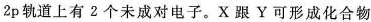
2p轨道上有2个未成对电子。X跟Y可形成化合物